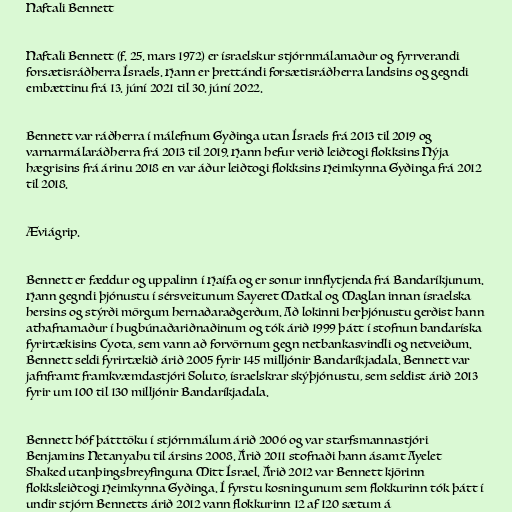
Naftali Bennett

Naftali Bennett (f. 25. mars 1972) er ísraelskur stjórnmálamaður og fyrrverandi
forsætisráðherra Ísraels. Hann er þrettándi forsætisráðherra landsins og gegndi
embættinu frá 13. júní 2021 til 30. júní 2022.

Bennett var ráðherra í málefnum Gyðinga utan Ísraels frá 2013 til 2019 og
varnarmálaráðherra frá 2013 til 2019. Hann hefur verið leiðtogi flokksins Nýja
hægrisins frá árinu 2018 en var áður leiðtogi flokksins Heimkynna Gyðinga frá 2012
til 2018.

Æviágrip.

Bennett er fæddur og uppalinn í Haífa og er sonur innflytjenda frá Bandaríkjunum.
Hann gegndi þjónustu í sérsveitunum Sayeret Matkal og Maglan innan ísraelska
hersins og stýrði mörgum hernaðaraðgerðum. Að lokinni herþjónustu gerðist hann
athafnamaður í hugbúnaðariðnaðinum og tók árið 1999 þátt í stofnun bandaríska
fyrirtækisins Cyota, sem vann að forvörnum gegn netbankasvindli og netveiðum.
Bennett seldi fyrirtækið árið 2005 fyrir 145 milljónir Bandaríkjadala. Bennett var
jafnframt framkvæmdastjóri Soluto, ísraelskrar skýþjónustu, sem seldist árið 2013
fyrir um 100 til 130 milljónir Bandaríkjadala.

Bennett hóf þátttöku í stjórnmálum árið 2006 og var starfsmannastjóri
Benjamins Netanyahu til ársins 2008. Árið 2011 stofnaði hann ásamt Ayelet
Shaked utanþingshreyfinguna Mitt Ísrael. Árið 2012 var Bennett kjörinn
flokksleiðtogi Heimkynna Gyðinga. Í fyrstu kosningunum sem flokkurinn tók þátt í
undir stjórn Bennetts árið 2012 vann flokkurinn 12 af 120 sætum á